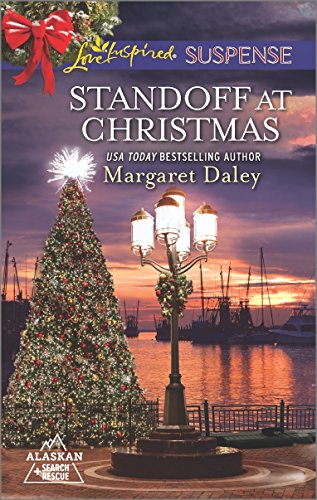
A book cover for Standoff at Christmas (Alaskan Search and Rescue); Margaret Daley; Romance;